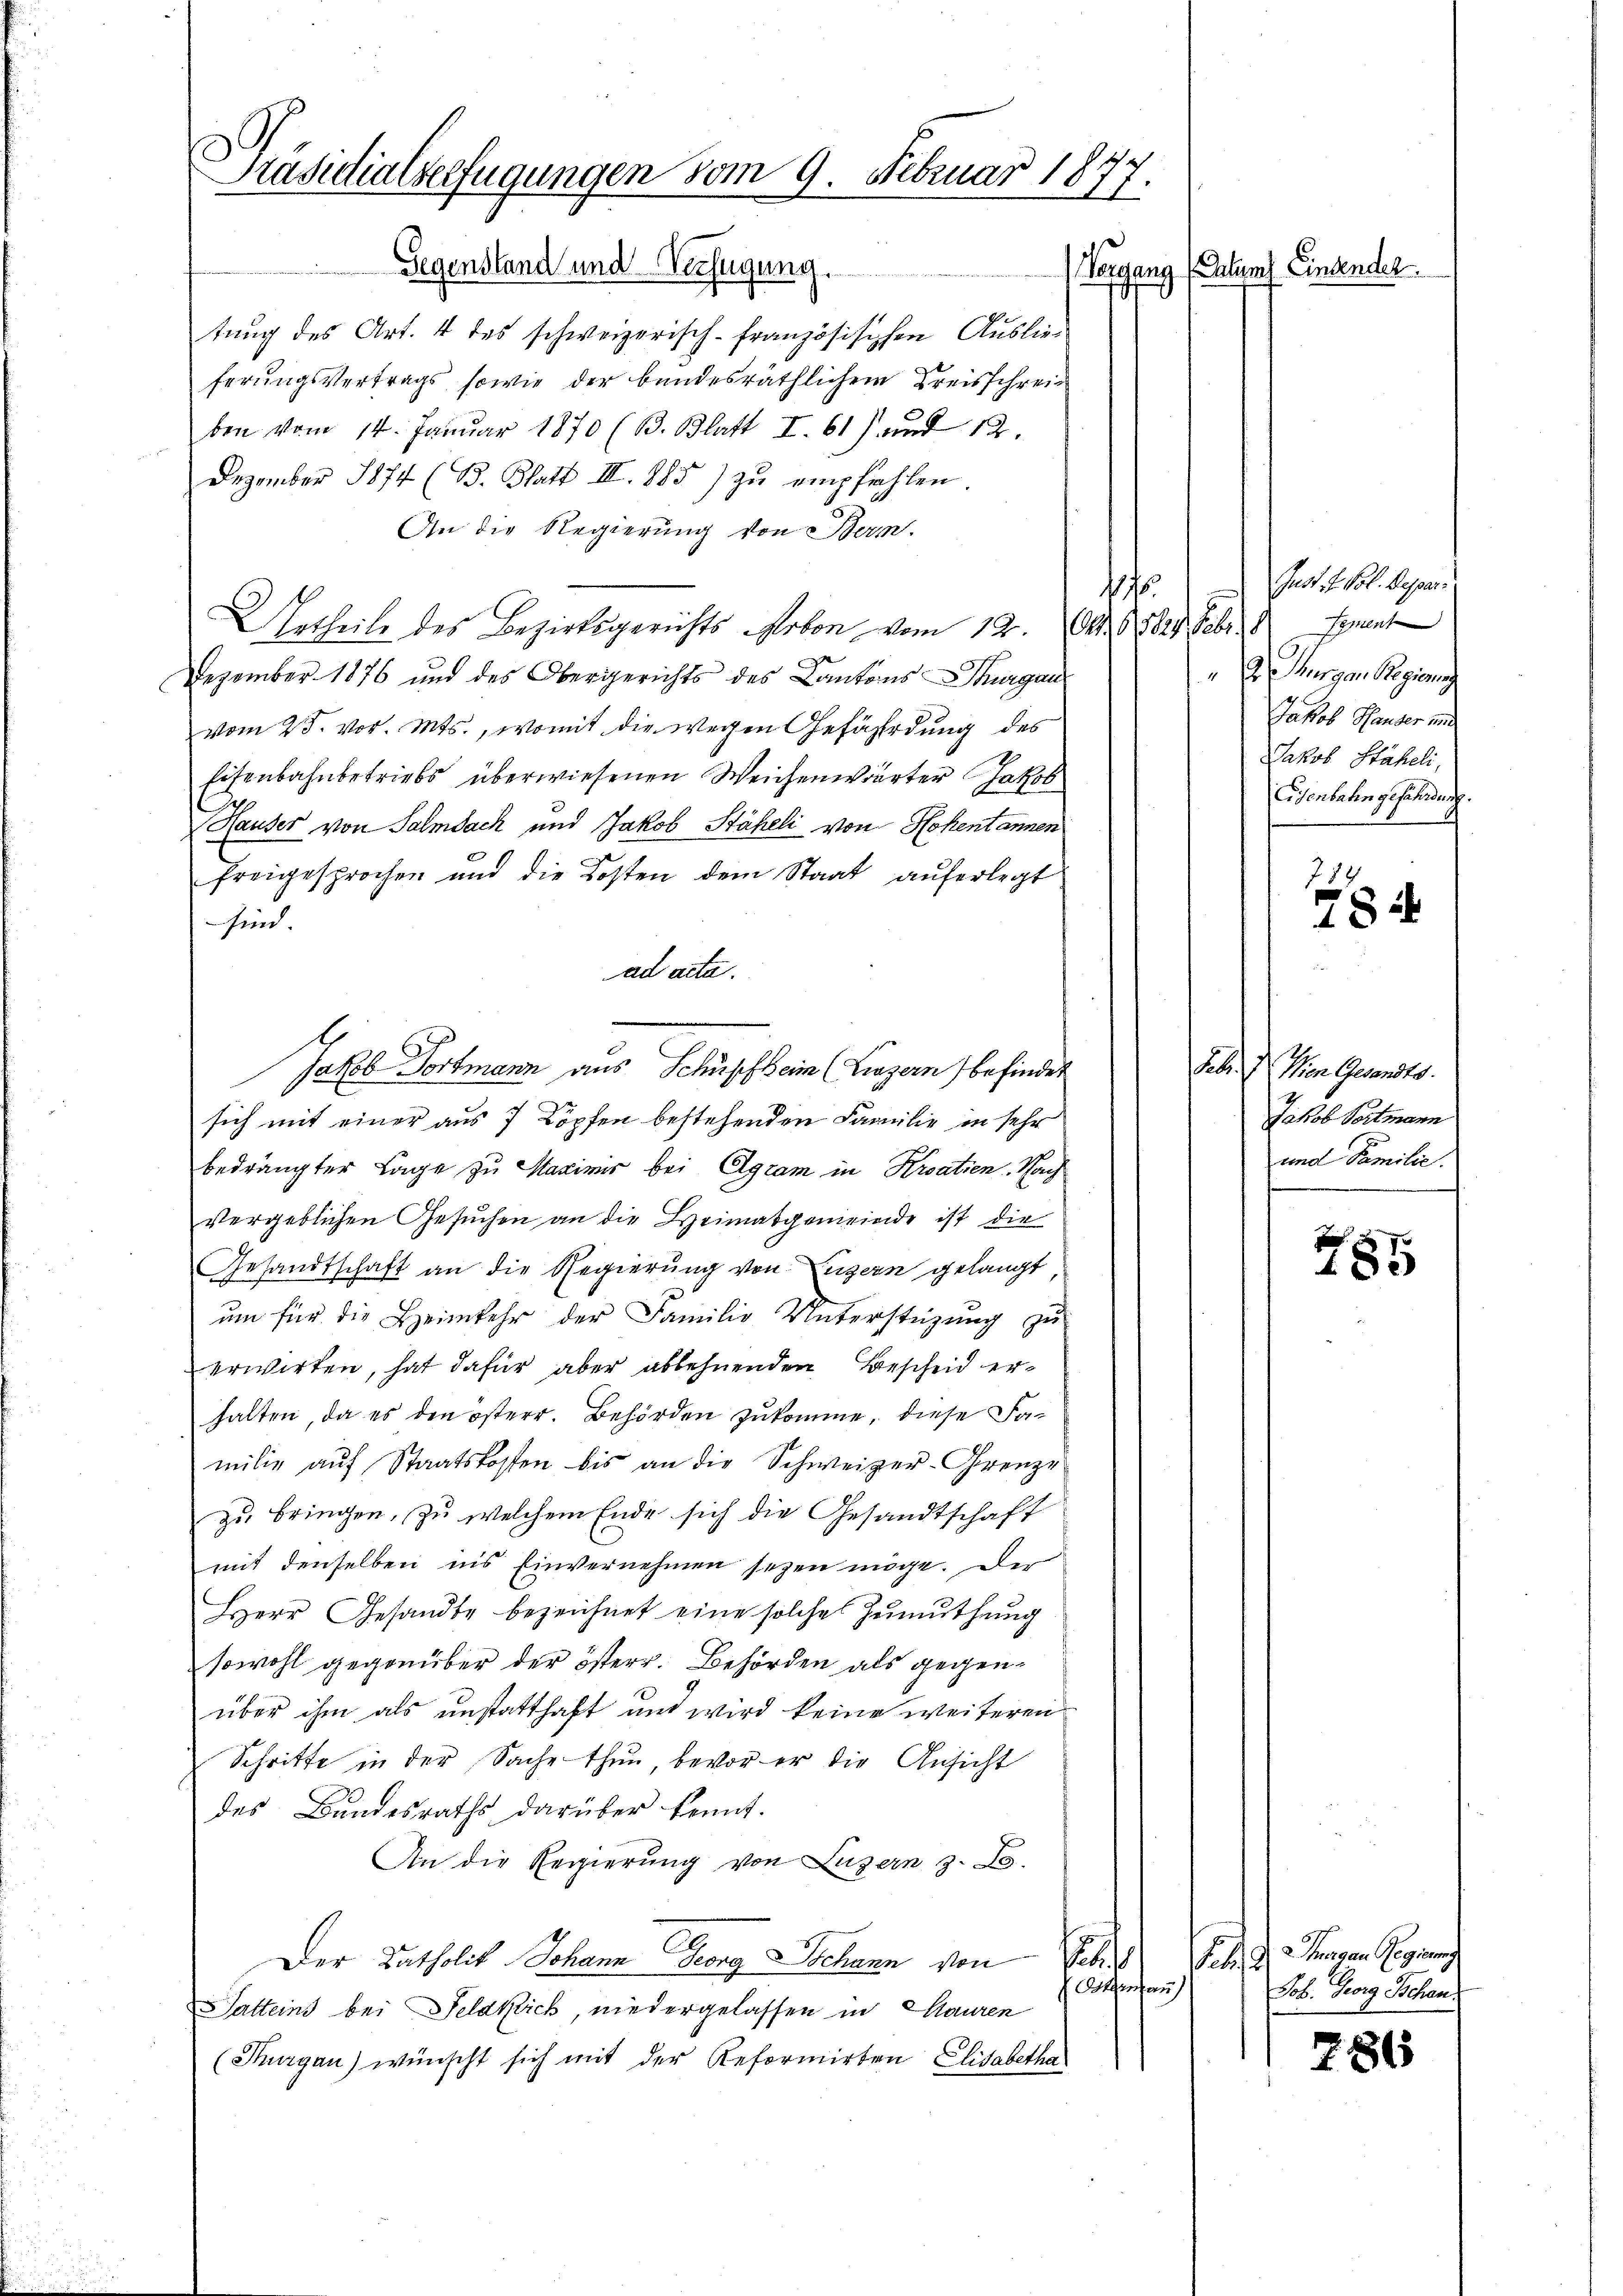
Präsidialserfügungen vom 9. Februar 1877.

Gegenstand und Verfügung.
tung des Art. 4 des schweizerisch-französischen Auslieferŭngsvertrags sowie der bandesräthlichem Kreisschreiben vom 14. Januar 1870 (B. Blatt I. 61) und 12.
Dezember 1874 (B. Blatt III. 885) zu empfehlen.
An die Regierung von Bern.
1
Urtheile des Bezirksgerichts Arbon vom 12. (S. 65827 Febr. Sement
Dezember 1876 und des Obergerichts des Cantons Thurgau
vom 25. vor. Mts., womit die wegen Gefährdung des
Eisenbahnbetriebs überwiesenen Weichenwärter Jakob
Hauser von Salmsack und Jakob Stäheli von Hohentannen
freigesprochen und die Kosten dem Staat auferlegt
sind
ad acta.
Jakob Fortmann aus Schuschheim (Luzern) befindet
sich mit einer aus 7 Köpfen bestehenden Familie in sehr
bedrängter Lage zu Maximis bei Agram in Kroatien. Nach
vergeblichen Gesŭchen an die Heimatgemeinde ist die
Gesandtschaft an die Regierung von Luzern gelangt,
um für die Heimkehr der Familie Unterstützung zu
erwirten, hat dafür aber ablehnenden Bescheid erhalten, da es den österr. Behörden zukomme, diese Familie aŭf Staatskosten bis an die Schweizer-Grenze
zu bringen, zu welchem Ende sich die Gesandtschaft
mit denselben in’s Einvernehmen seyen möge. Der
Herr Gesandte bezeichnet eine solche Zŭmŭthŭng
sowohl gegenüber der österr. Behörden als gegenüber ihm als unstatthaft und wird keine weiteren
Schritte in der Sache thun, bevor er die Ansicht
des Bandesraths darüber kennt.
An die Regierung von Luzern z. B.
E
Der Katholik Johann Georg Schann von Febr
Osman
Satteins bei Feldkich, niedergelassen in Mauren
(Thurgau) wünscht sich mit der Reformirten Elisabetha

Vorgang (Intimes Einsender

Jnst. I. Vol. Lesen.
D urgen Regions
Jakob Hauser und
Jakob Stäheli,
Eisenbaten gefährdung.
784

784

Febr. von Gesandts
Jakob Seitmann
und Familie.

785

Febr. d. 2 Tagen Regierung
Job. Georg Schen.

786